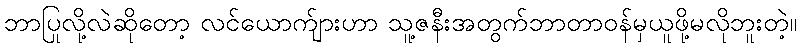
ဘာပြုလို့လဲဆိုတော့ လင်ယောက်ျားဟာ သူ့ဇနီးအတွက်ဘာတာဝန်မှယူဖို့မလိုဘူးတဲ့။